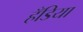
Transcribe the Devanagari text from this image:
हँडिया